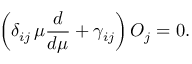
\left( \delta _ { i j } \, \mu \frac { d } { d \mu } + \gamma _ { i j } \right) { \cal O } _ { j } = 0 .